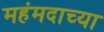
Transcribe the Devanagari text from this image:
महंमदाच्या